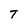
Character: T